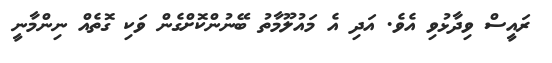
ރައީސް ވިދާޅުވި އެވެ. އަދި އެ މައުލޫމާތު ބޭނުންކޮށްގެން ވަކި ގޮތެއް ނިންމާނީ